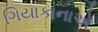
ગિયાકાનાએ